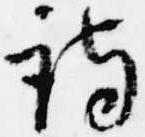
詩